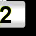
Digit: 2